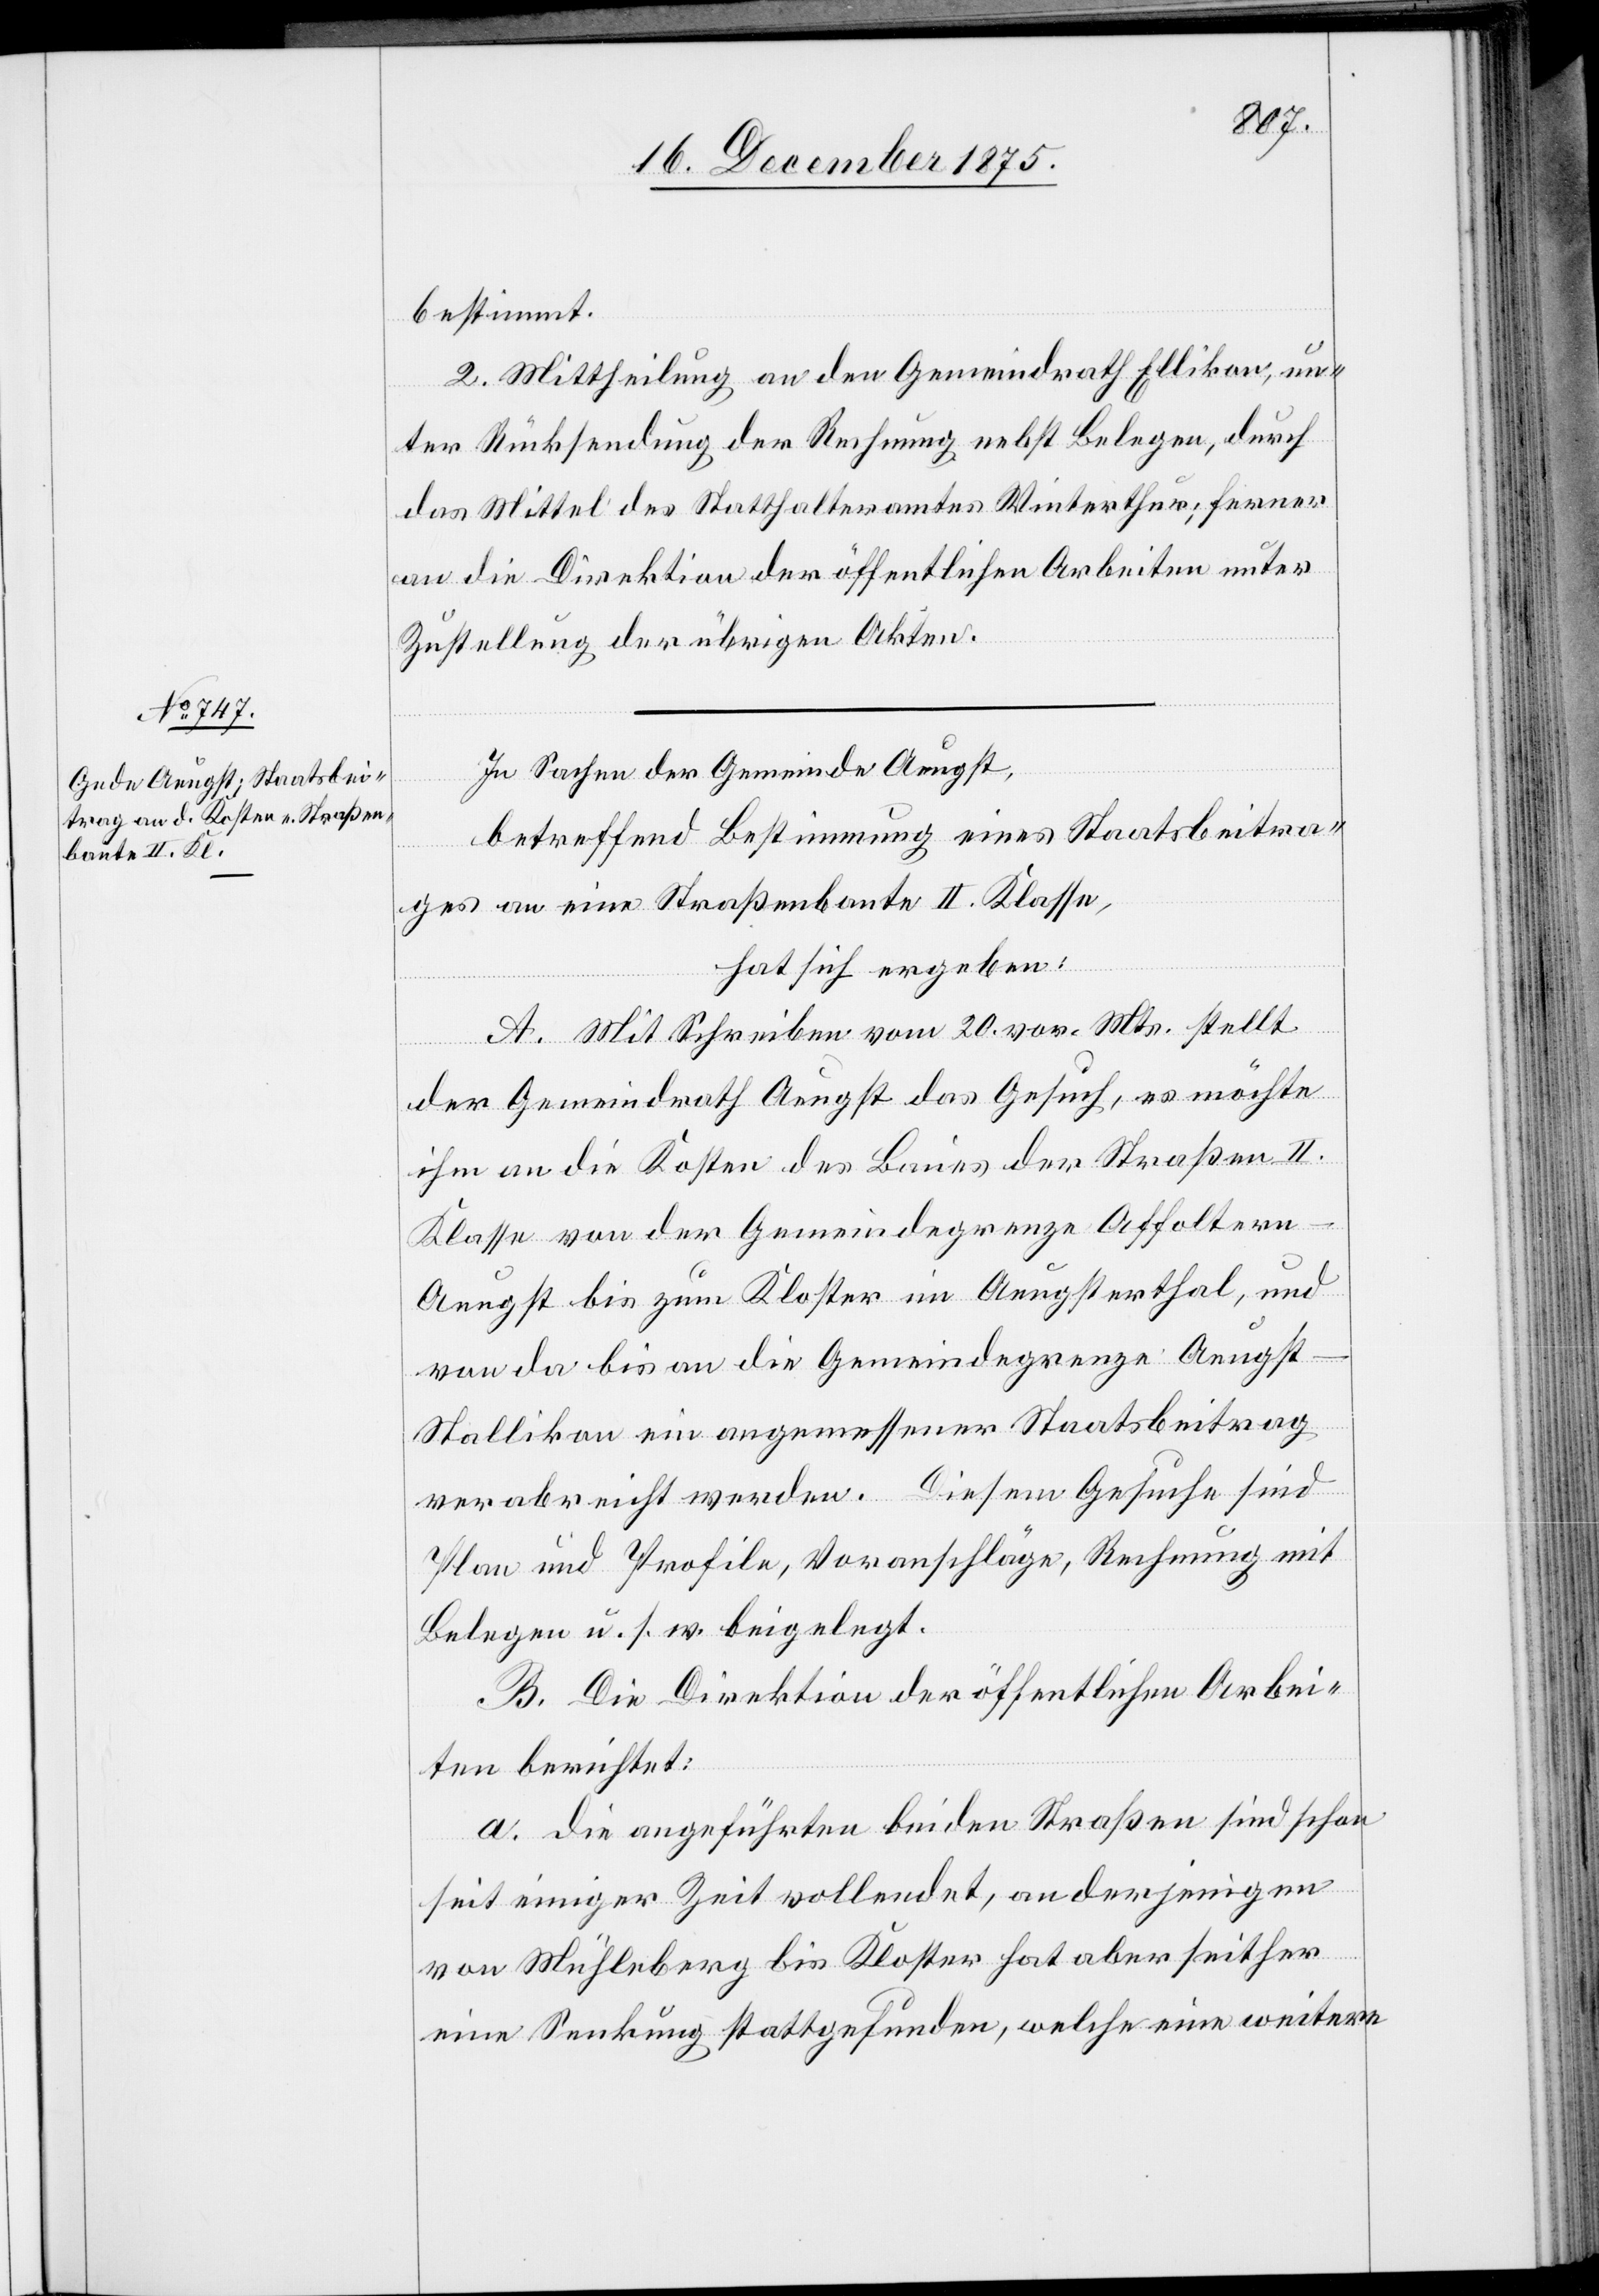
bestimmt.
2. Mittheilung an den Gemeindrath Ellikon, un¬
ter Rücksendung der Rechnung nebst Belegen, durch
das Mittel des Statthalteramtes Winterthur; ferner
an die Direktion der öffentlichen Arbeiten unter
Zustellung der übrigen Akten.
In Sachen der Gemeinde Aeugst,
betreffend Bestimmung eines Staatsbeitra¬
ges an eine Straßenbaute II. Klasse,
hat sich ergeben:
A. Mit Schreiben vom 20. vor. Mts. stellt
der Gemeindrath Aeugst das Gesuch, es möchte
ihm an die Kosten des Baues der Straßen II.
Klasse von der Gemeindegrenze Affolter¬
n-Aeugst bis zum Kloster im Aeugsterthal, und
von da bis an die Gemeindegrenze Aeugs¬
t-Stallikon ein angemessener Staatsbeitrag
verabreicht werden. Diesem Gesuche sind
Plan und Profile, Voranschläge, Rechnung mit
Belegen u. s. w. beigelegt.
B. Die Direktion der öffentlichen Arbei¬
ten berichtet:
a. die ausgeführten beiden Straßen sind schon
seit einiger Zeit vollendet, an derjenigen
von Mühleberg bis Kloster hat aber seither
eine Senkung stattgefunden, welche eine weitere